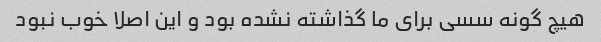
هیچ گونه سسی برای ما گذاشته نشده بود و این اصلا خوب نبود